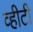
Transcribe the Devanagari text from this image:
व्हीटी